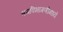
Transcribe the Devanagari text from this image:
श्रमविभागणीमध्ये